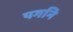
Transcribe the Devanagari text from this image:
पगनि